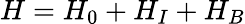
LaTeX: H=H_{0}+H_{I}+H_{B}